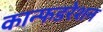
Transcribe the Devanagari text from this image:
कान्फडरेशन